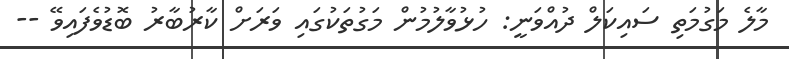
މާލެ މަގުމަތި ސައިކަލް ދުއްވަނީ: ހުޅުވާލުމުން މަގުތަކުގައި ވަރަށް ކާރުބާރު ބޮޑުވެފައިވޭ --